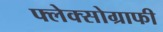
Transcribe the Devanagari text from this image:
फ्लेक्सोग्राफी